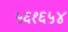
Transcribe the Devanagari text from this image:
५६१६५४